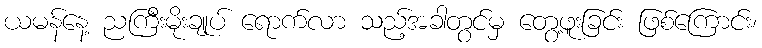
ယမန်နေ့ ညကြီးမိုးချုပ် ရောက်လာ သည့်အခါတွင်မှ တွေ့ဖူးခြင်း ဖြစ်ကြောင်း၊